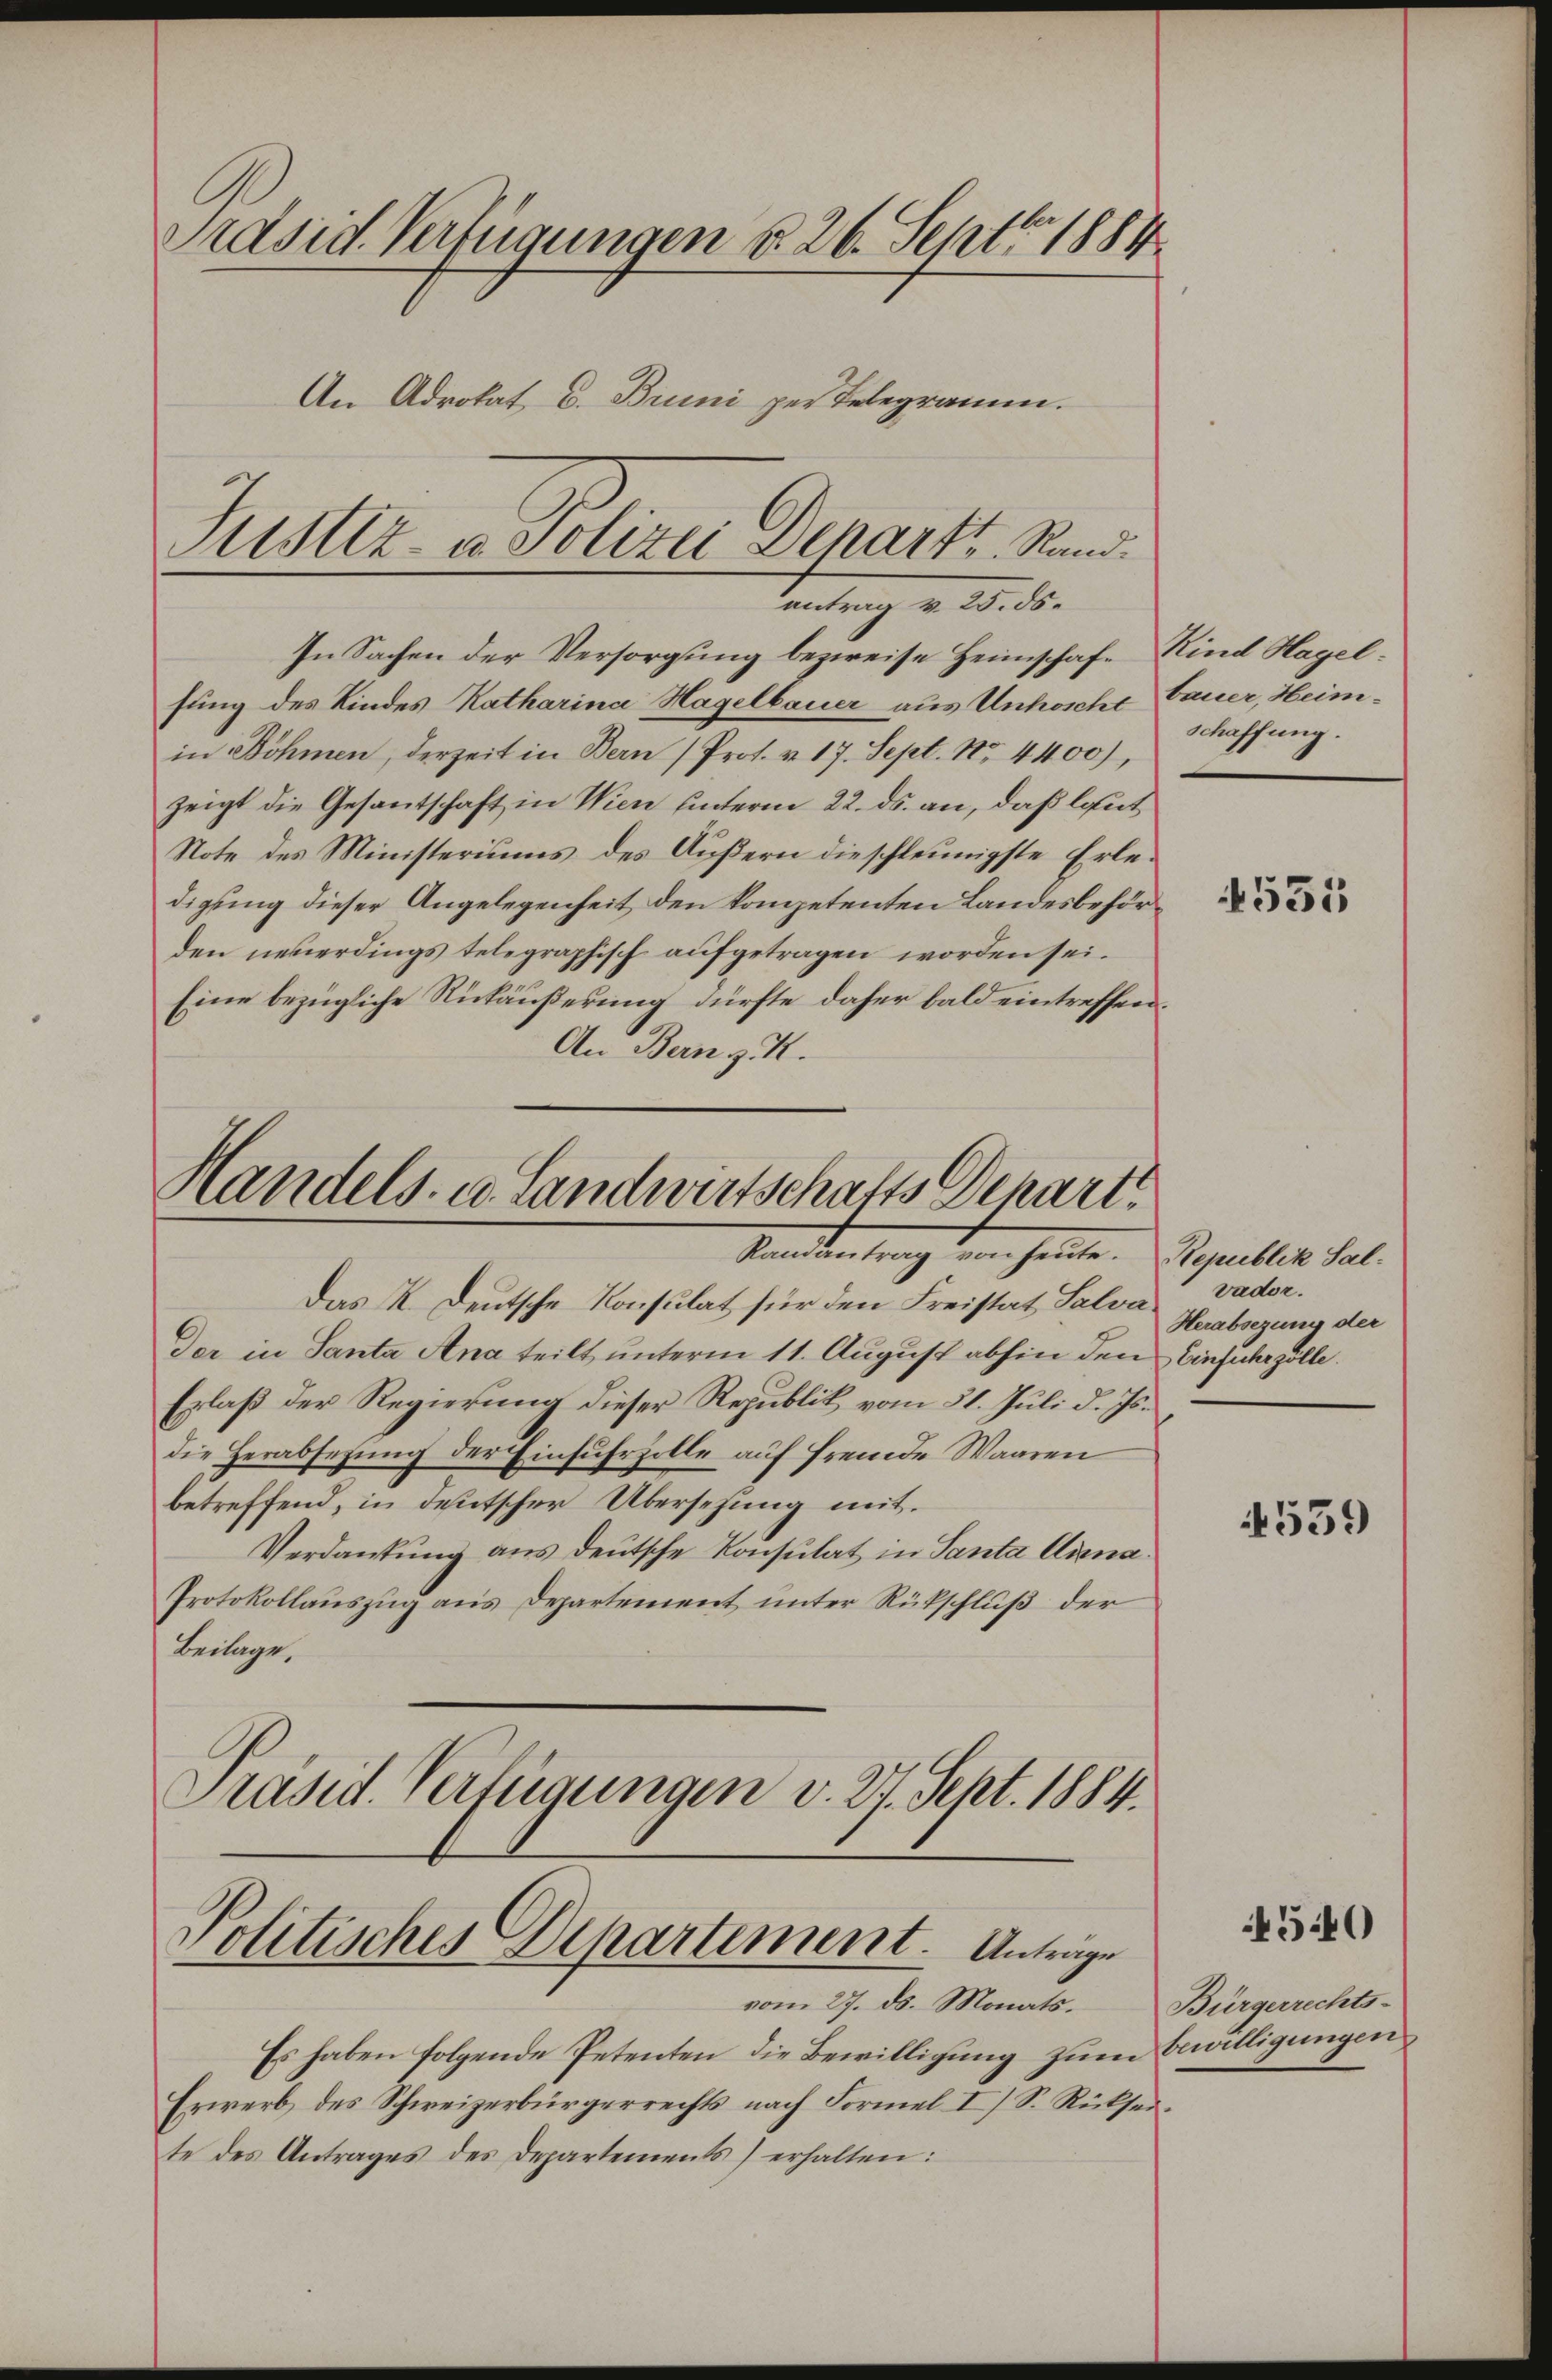
Präsid. Verfügungen §. 26. Sept. 1884.
An Advokat v. Bruni per Telegramm.
Justiz- u. Polizei Depart, Rand¬

fung des Kindes Katharina Hagelbauer aus Unkoche Bauer, Heimin Böhmen, derzeit in Bern (Prot. v. 17. Sept. Nr. 4400),
zeigt die Gesantschaft in Wien unterm 22. ds. an, daß laut
Note des Ministeriums des Äußern dieschleunigste Erledigung dieser Angelegenheit den kompetenten Landesbehörden neuerdings telegraphisch aufgetragen worden sei.
Eine bezügliche Rückäußerung dürfte daher bald eintreffen¬
An Bern z. R.

Handels- u. Landwirtschafts Depart
Tanten trag von heute. Deputier hat.

Politisches Departement. Anträge
vom 27. ds. Monats. Bürgerrechts-

antrag v. 25. ds.
In Sachen der Versorgung bezweife Heimschaf- Kind Hagel¬

Das K. Deutsche Konsulat für den Freistat Salva¬
Der in Santa Ana teilt unterm 11. August abhin den Einfuhrzölle
Erlaß der Regierung dieser Republik vom 31. Juli d. Js.
die Herabsetzung der Einfuhrzolle auf fremde Waaren
betreffend, in deutscher Übersezung mit¬
Verdankŭng aus deutsche Konsulat in Santa Anna¬
Protokollauszug aus Departement unter Rückschluß der
Beilage.
Präsid. Verfügungen v. 21 Sept. 1884.

Es haben folgende Petenten die Bewilligung zum Bewilligungen
Erwerb des Schweizerbürgerrechts nach Formel I S. Rückseite des Antrages des Departements) erhalten:

schaffung.

4531

vador.
Herabsezung der

4539

450